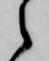
之